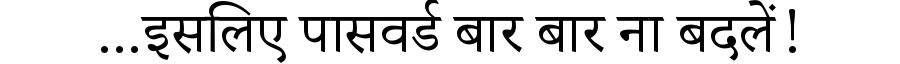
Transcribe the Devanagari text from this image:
...इसलिए पासवर्ड बार बार ना बदलें!